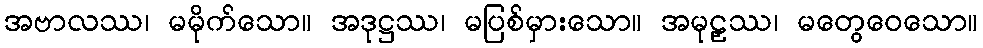
အဗာလဿ၊ မမိုက်သော။ အဒုဋ္ဌဿ၊ မပြစ်မှားသော။ အမုဠှဿ၊ မတွေဝေသော။